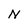
Character: N